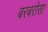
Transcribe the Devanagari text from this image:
बरबरोसा